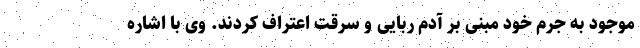
موجود به جرم خود مبنی بر آدم ربایی و سرقت اعتراف کردند. وی با اشاره